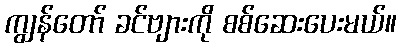
ကျွန်တော် ခင်ဗျားကို စစ်ဆေးပေးမယ်။